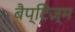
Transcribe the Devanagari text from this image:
बैप्टिज़्म